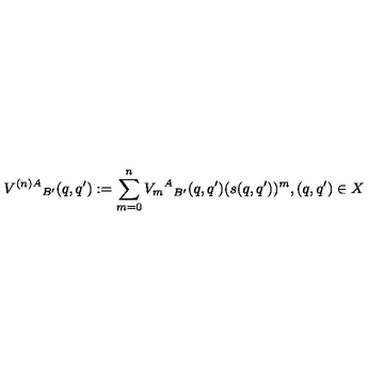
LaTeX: { V ^ { ( n ) A } } _ { B ^ { \prime } } ( q , q ^ { \prime } ) : = \sum _ { m = 0 } ^ { n } { { V _ { m } } ^ { A } } _ { B ^ { \prime } } ( q , q ^ { \prime } ) ( s ( q , q ^ { \prime } ) ) ^ { m } , ( q , q ^ { \prime } ) \in X